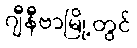
ဂျီနီဗာမြို့တွင်